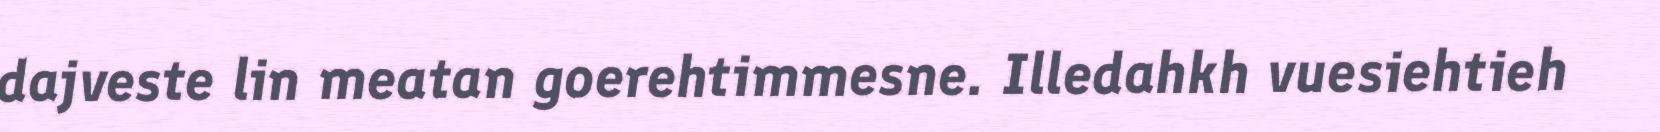
dajveste lin meatan goerehtimmesne. Illedahkh vuesiehtieh